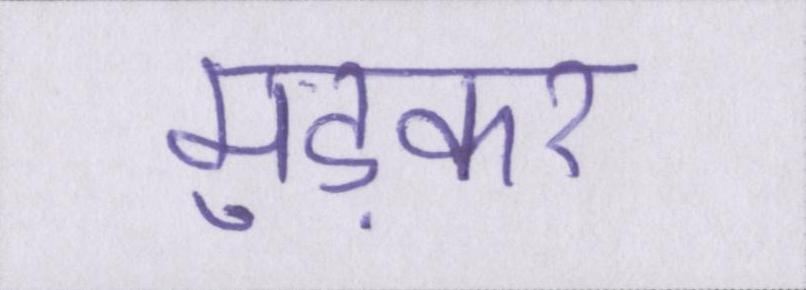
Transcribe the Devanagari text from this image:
मुड़कर